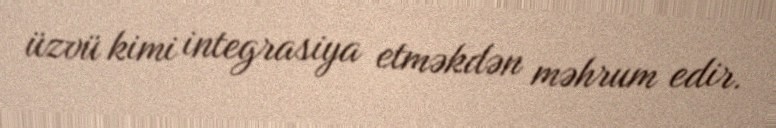
üzvü kimi integrasiya etməkdən məhrum edir.